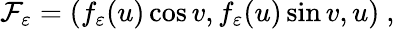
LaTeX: {\cal F}_{\varepsilon}=(f_{\varepsilon}(u)\cos v,f_{\varepsilon}(u)\sin v,u)~,